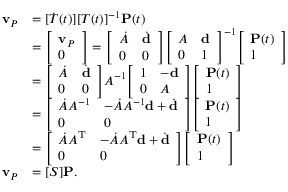
{ \begin{array} { r l } { \mathbf { v } _ { P } } & { = [ { \dot { T } } ( t ) ] [ T ( t ) ] ^ { - 1 } \mathbf { P } ( t ) } \\ & { = { \left[ \begin{array} { l } { \mathbf { v } _ { P } } \\ { 0 } \end{array} \right] } = { \left[ \begin{array} { l l } { { \dot { A } } } & { { \dot { \mathbf { d } } } } \\ { 0 } & { 0 } \end{array} \right] } { \left[ \begin{array} { l l } { A } & { \mathbf { d } } \\ { 0 } & { 1 } \end{array} \right] } ^ { - 1 } { \left[ \begin{array} { l } { \mathbf { P } ( t ) } \\ { 1 } \end{array} \right] } } \\ & { = { \left[ \begin{array} { l l } { { \dot { A } } } & { { \dot { \mathbf { d } } } } \\ { 0 } & { 0 } \end{array} \right] } A ^ { - 1 } { \left[ \begin{array} { l l } { 1 } & { - \mathbf { d } } \\ { 0 } & { A } \end{array} \right] } { \left[ \begin{array} { l } { \mathbf { P } ( t ) } \\ { 1 } \end{array} \right] } } \\ & { = { \left[ \begin{array} { l l } { { \dot { A } } A ^ { - 1 } } & { - { \dot { A } } A ^ { - 1 } \mathbf { d } + { \dot { \mathbf { d } } } } \\ { 0 } & { 0 } \end{array} \right] } { \left[ \begin{array} { l } { \mathbf { P } ( t ) } \\ { 1 } \end{array} \right] } } \\ & { = { \left[ \begin{array} { l l } { { \dot { A } } A ^ { \mathrm { T } } } & { - { \dot { A } } A ^ { \mathrm { T } } \mathbf { d } + { \dot { \mathbf { d } } } } \\ { 0 } & { 0 } \end{array} \right] } { \left[ \begin{array} { l } { \mathbf { P } ( t ) } \\ { 1 } \end{array} \right] } } \\ { \mathbf { v } _ { P } } & { = [ S ] \mathbf { P } . } \end{array} }